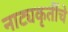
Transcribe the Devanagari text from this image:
नाट्यकृतींचे